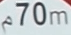
70m